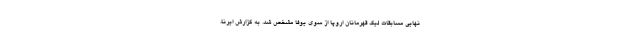
نهایی مسابقات لیگ قهرمانان اروپا از سوی یوفا مشخص شد. به گزارش ایرنا،